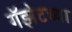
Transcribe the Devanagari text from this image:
गॅझेटच्या